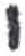
אות: י